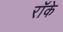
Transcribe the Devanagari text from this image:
रॉके